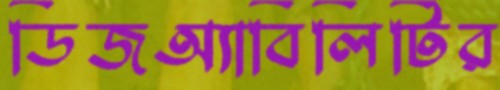
ডিজঅ্যাবিলিটির